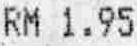
RM 1.95